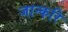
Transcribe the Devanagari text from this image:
जान्करि